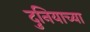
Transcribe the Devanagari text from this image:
दुनियाच्या